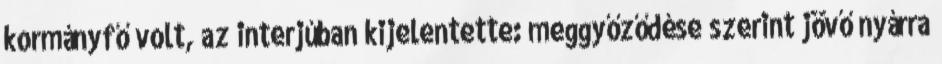
kormányfő volt, az interjúban kijelentette: meggyőződése szerint jövő nyárra